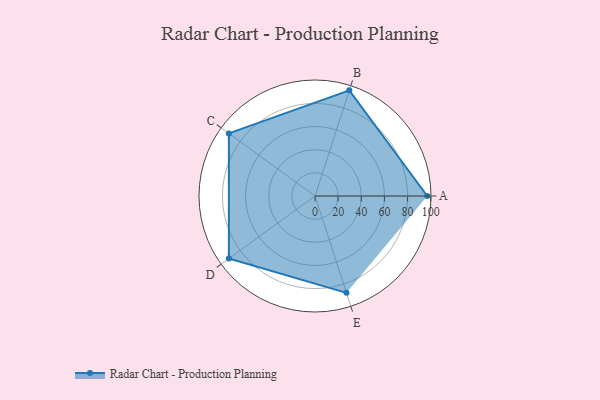
{"axis": {"x": "Skill", "y": "Score"}, "legend": ["Profile"], "data": [{"x": "A", "y": 97.0, "type": "Profile"}, {"x": "B", "y": 96.0, "type": "Profile"}, {"x": "C", "y": 92.0, "type": "Profile"}, {"x": "D", "y": 92.0, "type": "Profile"}, {"x": "E", "y": 88.0, "type": "Profile"}]}